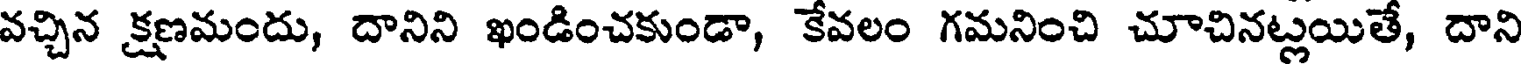
వచ్చిన క్షణమందు, దానిని ఖండించకుండా, కేవలం గమనించి చూచినట్లయితే, దాని